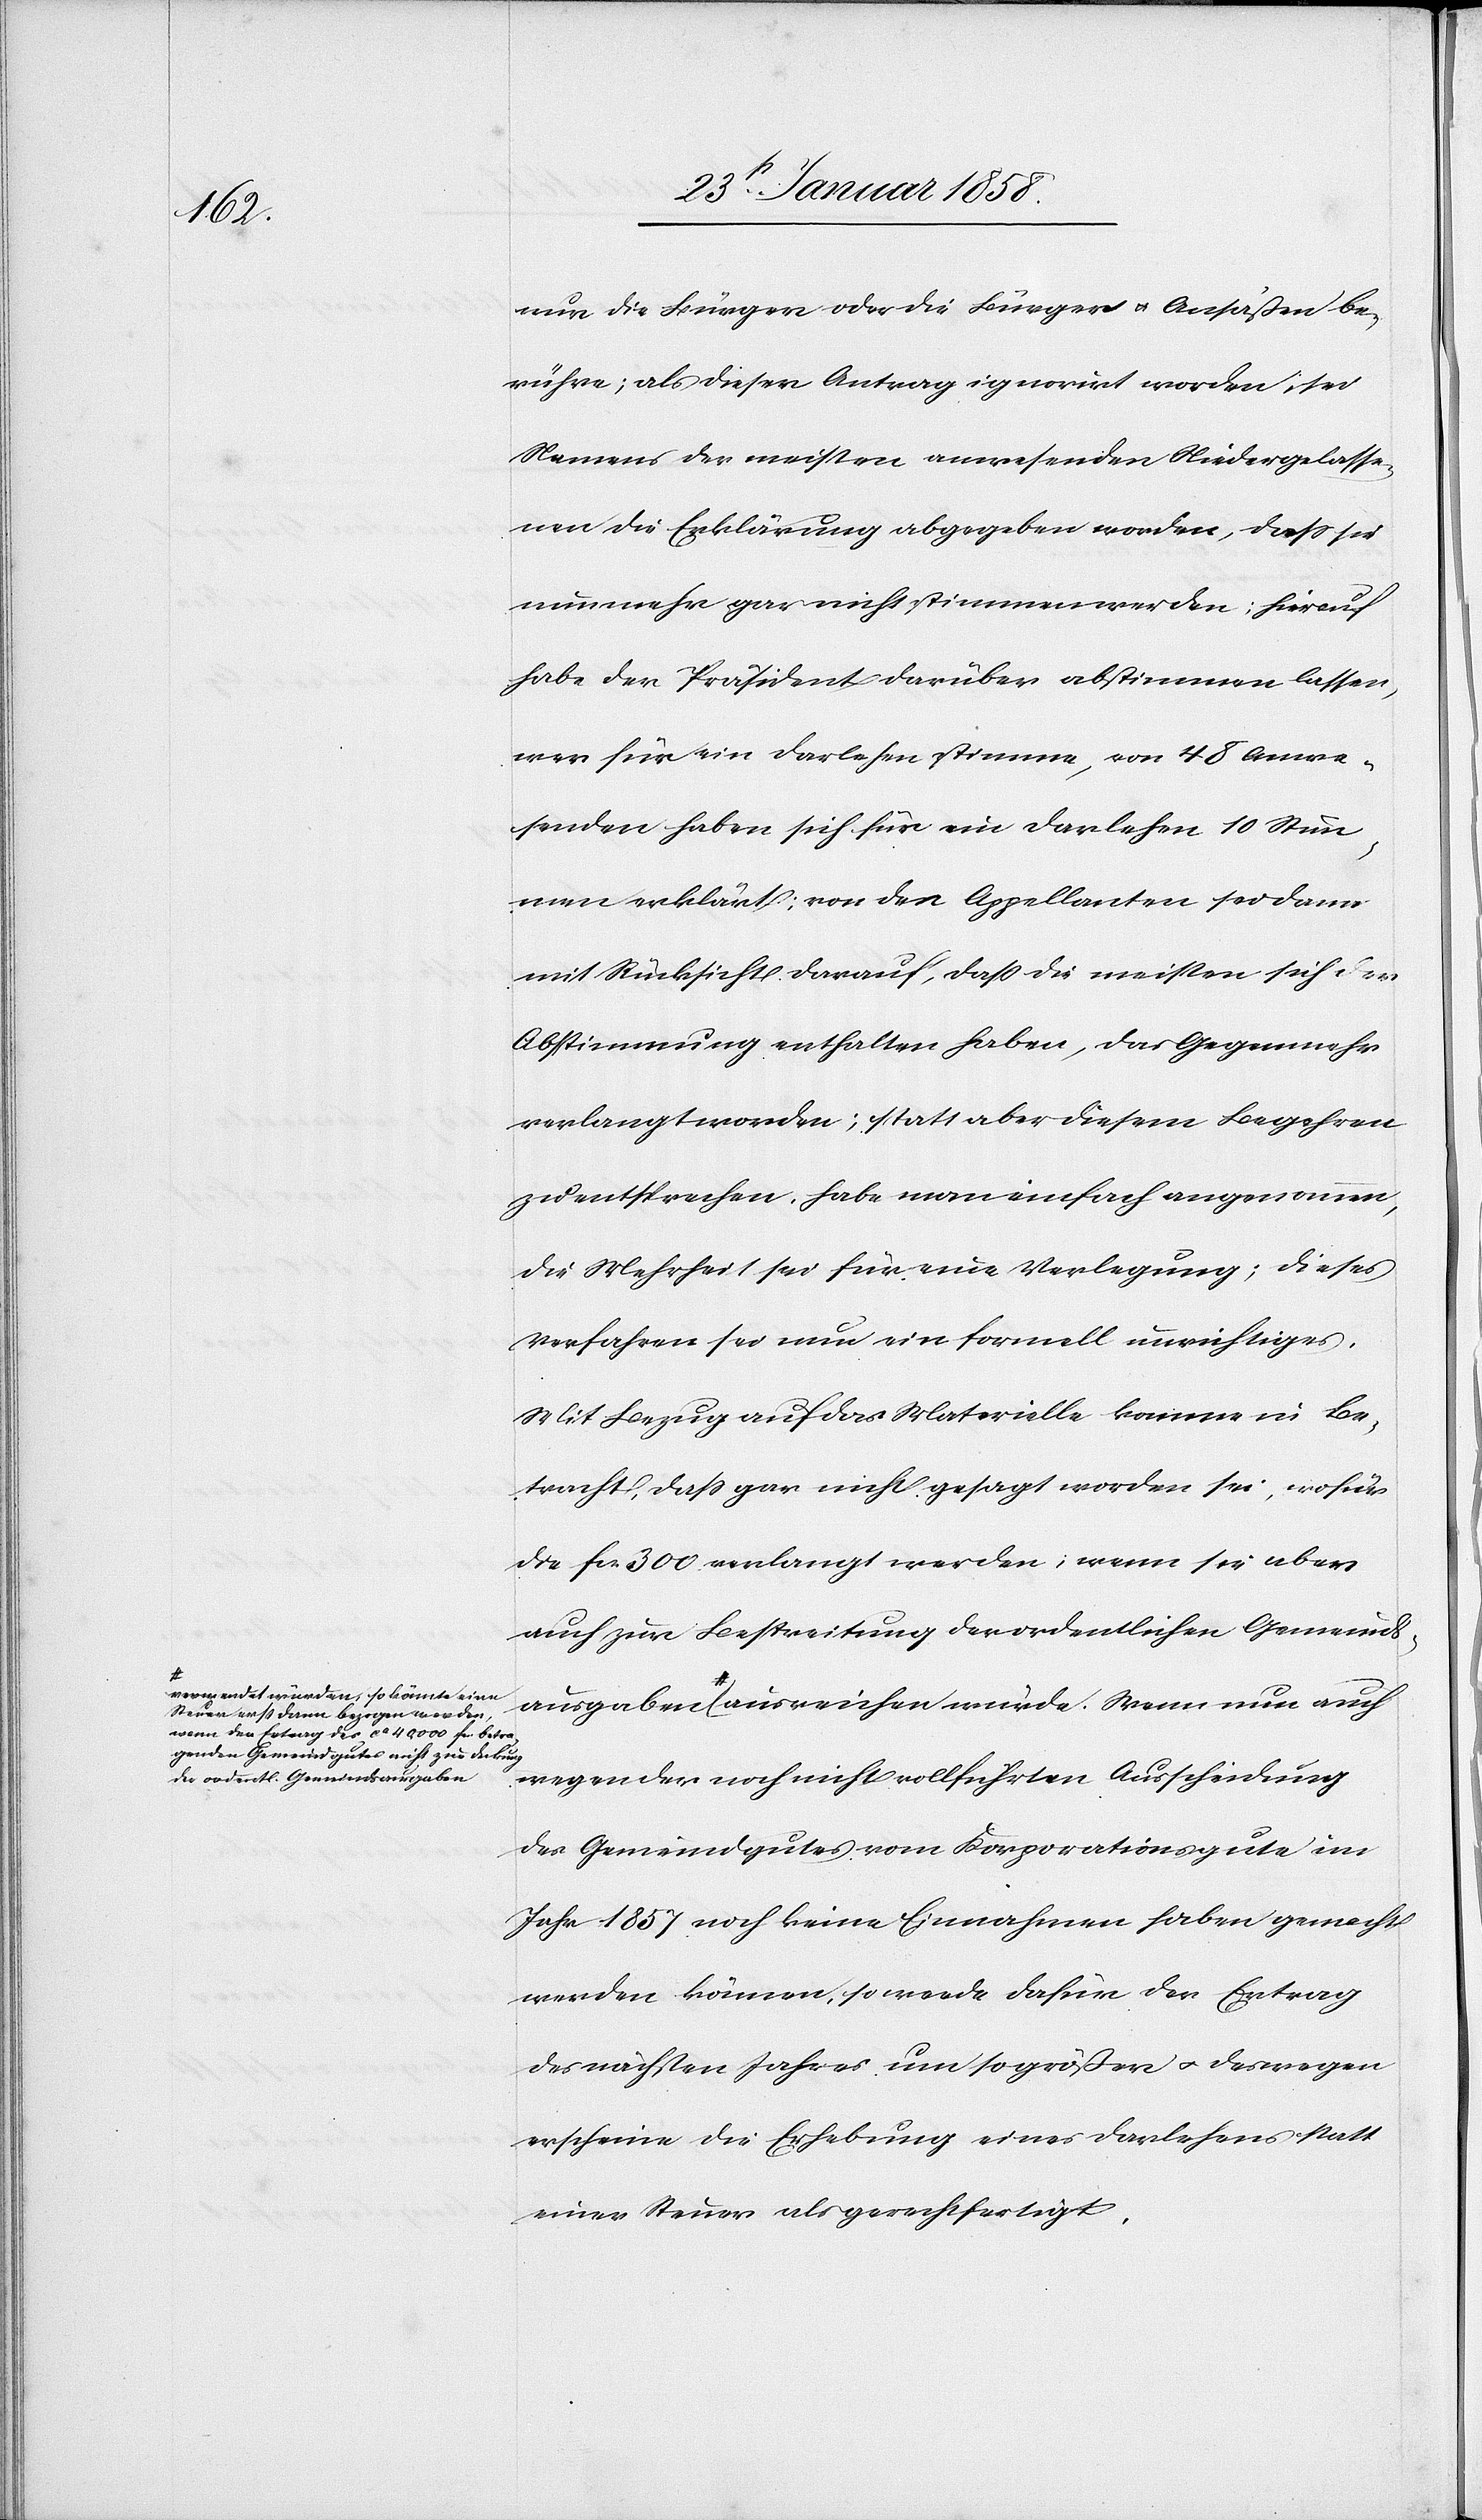
ausgaben

a-verwendet würden, so könnte eine
Steuer erst dann bezogen werden,
wenn der Ertrag des ca 40,000 fcs. betra¬
genden Gemeindgutes nicht zur Deckung
der ordentl. Gemeindsausgaben-a

nur die Bürger oder die Bürger u. Ansäßen be¬
rühre; als dieser Antrag ignorirt worden, sei
Namens der meisten anwesenden Niedergelasse¬
nen die Erklärung abgegeben worden, daß sie
nunmehr gar nicht stimmen werden; hierauf
habe der Präsident darüber abstimmen lassen,
wer für ein Darlehen stimme, von 48 Anwe¬
senden haben sich für ein Darlehen 10 Stim¬
men erklärt; von den Appellanten sei dann
mit Rücksicht darauf, daß die meisten sich der
Abstimmung enthalten haben, das Gegenmehr
verlangt worden; statt aber diesem Begehren
zu entsprechen, habe man einfach angenommen,
die Mehrheit sei für eine Verlegung; dieses
Verfahren sei nun ein formell unrichtiges.
Mit Bezug auf das Materielle komme in Be¬
tracht, daß gar nicht gesagt worden sei, wofür
die fcs. 300 verlangt werden; wenn sie aber
auch zur Bestreitung der ordentlichen Gemeinds¬
wegen der noch nicht vollführten Ausscheidung
des Gemeindgutes vom Korporationsgute im
Jahr 1857 noch keine Einnahmen haben gemacht
werden können, so werde dafür der Ertrag
des nächsten Jahres um so größer u. deswegen
erscheine die Erhebung eines Darlehens statt
einer Steuer als gerechtfertigt.